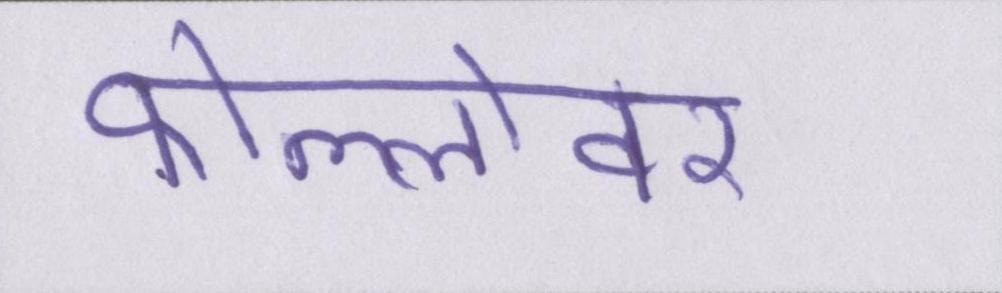
फोल्लोवर